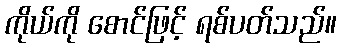
ကိုယ်ကို စောင်ဖြင့် ရစ်ပတ်သည်။